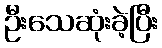
ဦးသေဆုံးခဲ့ပြီး